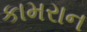
કામરાન